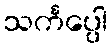
သင်္ကပ္ပေါ